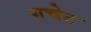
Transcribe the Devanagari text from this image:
गचेट